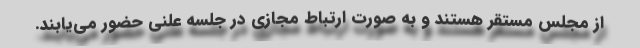
از مجلس مستقر هستند و به صورت ارتباط مجازی در جلسه علنی حضور می‌یابند.